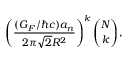
\left( \frac { ( G _ { F } / \hbar c ) a _ { n } } { 2 \pi \sqrt { 2 } R ^ { 2 } } \right) ^ { k } { \binom { N } { k } } ,